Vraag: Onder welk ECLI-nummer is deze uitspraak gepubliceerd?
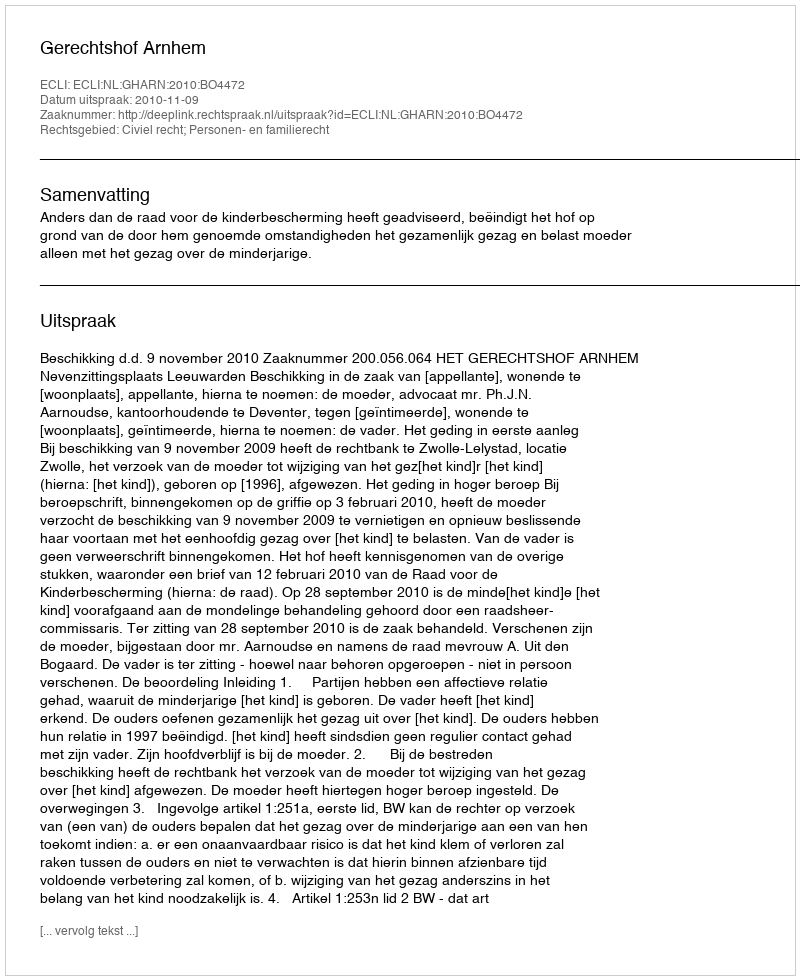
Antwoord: ECLI:NL:GHARN:2010:BO4472